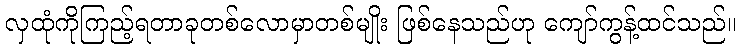
လှထုံကိုကြည့်ရတာခုတစ်လောမှာတစ်မျိုး ဖြစ်နေသည်ဟု ကျော်ကွန့်ထင်သည်။